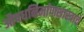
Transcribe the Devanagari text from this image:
औषधनिर्माणशास्त्राचे